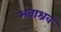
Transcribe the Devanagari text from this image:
भवाश्रव